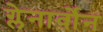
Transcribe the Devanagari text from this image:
ग्लेनार्वोन